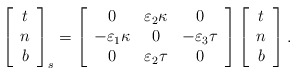
\begin{align*}\left[\begin{array}[c]{c}t\\n\\b\end{array}\right] _{s}=\left[\begin{array}[c]{ccc}0 & \varepsilon_{2}\kappa & 0\\-\varepsilon_{1}\kappa & 0 & -\varepsilon_{3}\tau\\0 & \varepsilon_{2}\tau & 0\end{array}\right] \left[\begin{array}[c]{c}t\\n\\b\end{array}\right] . \end{align*}